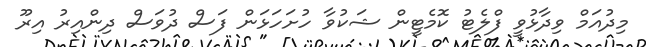
މިދުއަމް ވިދާޅުވީ ފްލެޓު ކޮމެޓީން ޝަކުވާ ހުށަހަޅަން ފަސް ދުވަސް ދިންއިރު އިރޫ